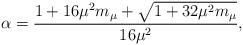
LaTeX: \begin{align*} \alpha = \frac{1+16\mu^2 m_\mu + \sqrt{1+ 32 \mu^2 m_\mu}}{16\mu^2},\end{align*}